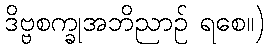
ဒိဗ္ဗစက္ခုအဘိညာဉ် ရစေ။)